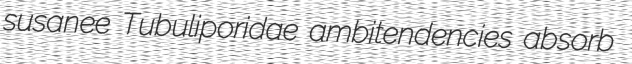
susanee Tubuliporidae ambitendencies absorb